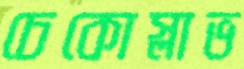
চেকোস্লাভ